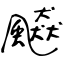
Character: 飇